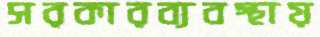
সরকারব্যবস্থায়